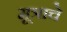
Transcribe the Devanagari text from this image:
मूत्राचे